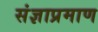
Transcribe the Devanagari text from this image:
संज्ञाप्रमाण